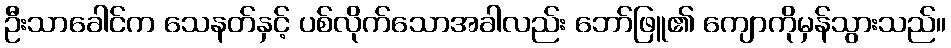
ဦးသာခေါင်က သေနတ်နှင့် ပစ်လိုက်သောအခါလည်း ဘော်ဖြူ၏ ကျောကိုမှန်သွားသည်။